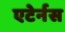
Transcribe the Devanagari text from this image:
एटेर्नस